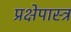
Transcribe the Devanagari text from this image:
प्रक्षेपास्‍त्र